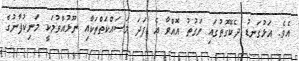
އެވެ. އަޅުގަނޑު ދެކޭގޮތުގައި ވަގުތު އޮއްވާ އެ ފަދަ މަސައްކަތްތަކާއި ނޫޅުއްވުމަކީ މަނިކުފާނުގެ